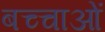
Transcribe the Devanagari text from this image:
बच्चाओं